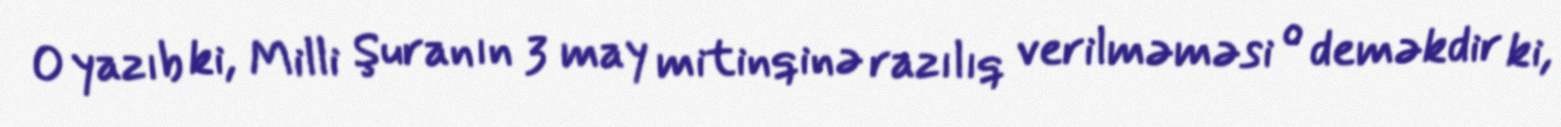
O yazıb ki, Milli Şuranın 3 may mitinqinə razılıq verilməməsi o deməkdir ki,